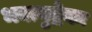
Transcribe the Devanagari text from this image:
भक्त्युद्रेकः